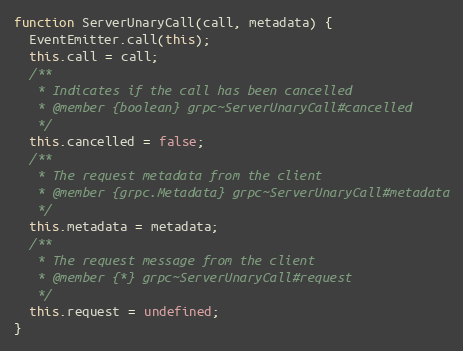
Language: JavaScript
function ServerUnaryCall(call, metadata) {
  EventEmitter.call(this);
  this.call = call;
  /**
   * Indicates if the call has been cancelled
   * @member {boolean} grpc~ServerUnaryCall#cancelled
   */
  this.cancelled = false;
  /**
   * The request metadata from the client
   * @member {grpc.Metadata} grpc~ServerUnaryCall#metadata
   */
  this.metadata = metadata;
  /**
   * The request message from the client
   * @member {*} grpc~ServerUnaryCall#request
   */
  this.request = undefined;
}